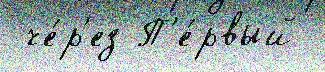
 че́р'ез П'е́рвый